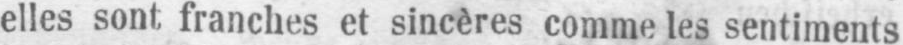
elles sont franches et sincères comme les sentiments